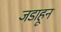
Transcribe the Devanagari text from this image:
जडाहून